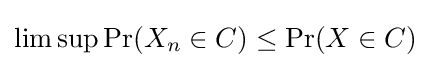
\limsup \operatorname {Pr} (X_{n}\in C)\leq \operatorname {Pr} (X\in C)